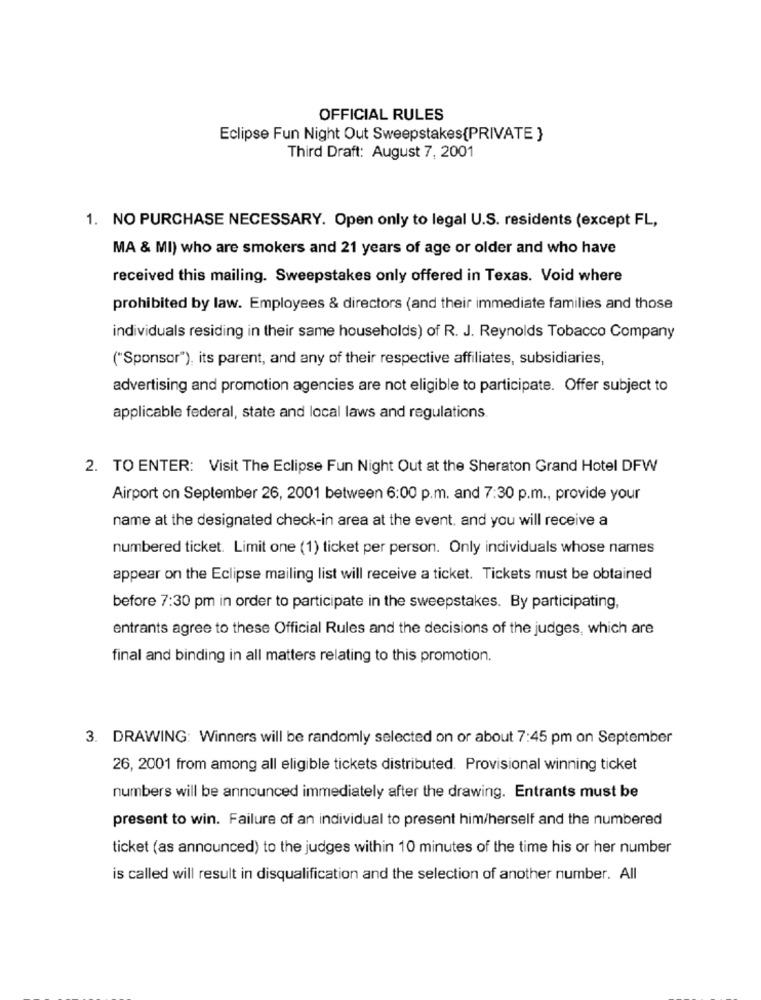
OFFICIAL RULES
Eclipse Fun Night Out Sweepstakes(PRIVATE }
Third Draft: August 7, 2001
1. NO PURCHASE NECESSARY. Open only to legal U.S. residents (except FL,
MA & MI) who are smokers and 21 years of age or older and who have
received this mailing. Sweepstakes only offered in Texas. Void where
prohibited by law. Employees & directors (and their immediate families and those
individuals residing in their same households) of R. J. Reynolds Tobacco Company
("Sponsor"), its parent, and any of their respective affiliates, subsidiaries,
advertising and promotion agencies are not eligible to participate. Offer subject to
applicable federal, state and local laws and regulations
2. TO ENTER: Visit The Eclipse Fun Night Out at the Sheraton Grand Hotel DFW
Airport on September 26, 2001 between 6:00 p.m. and 7:30 p.m ., provide your
name at the designated check-in area at the event. and you will receive a
numbered ticket. Limit one (1) ticket per person. Only individuals whose names
appear on the Eclipse mailing list will receive a ticket. Tickets must be obtained
before 7:30 pm in order to participate in the sweepstakes. By participating,
entrants agree to these Official Rules and the decisions of the judges, which are
final and binding in all matters relating to this promotion.
3. DRAWING: Winners will be randomly selected on or about 7:45 pm on September
26, 2001 from among all eligible tickets distributed. Provisional winning ticket
numbers will be announced immediately after the drawing. Entrants must be
present to win. Failure of an individual to present him/herself and the numbered
ticket (as announced) to the judges within 10 minutes of the time his or her number
is called will result in disqualification and the selection of another number. All